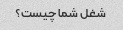
شغل شما چیست؟